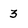
Character: 3